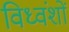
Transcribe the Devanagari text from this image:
विध्वंशों